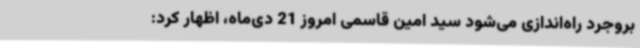
بروجرد راه‌اندازی می‌شود سید امین قاسمی امروز 21 دی‌ماه، اظهار کرد: